Lunatic asylums Punjab 1895-1910 - 1895-1910
Year: 1895
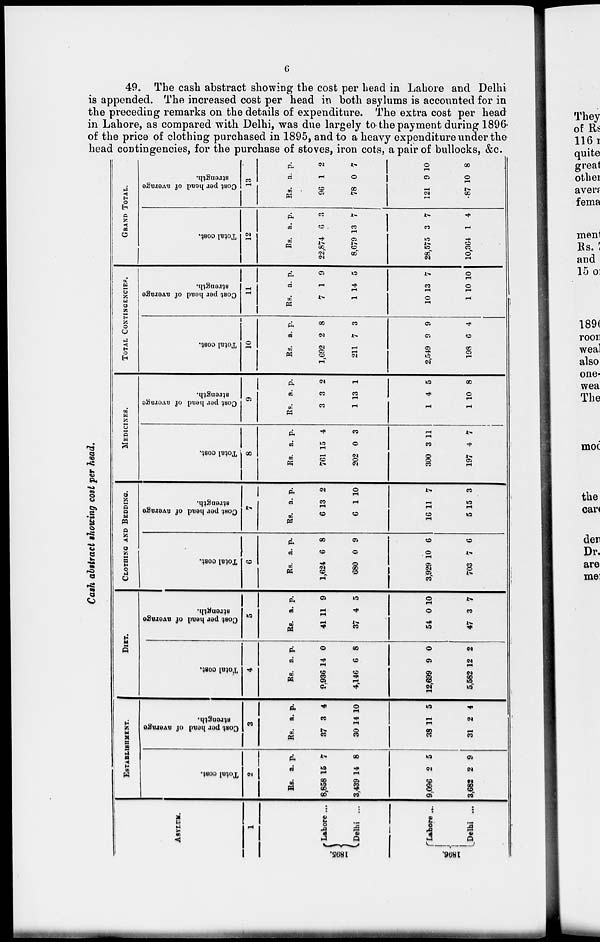
6
49. The cash abstract showing the cost per head in Lahore and Delhi
is appended. The increased cost per head in both asylums is accounted for in
the preceding remarks on the details of expenditure. The extra cost per head
in Lahore, as compared with Delhi, was due largely to the payment during 1896.
of the price of clothing purchased in 1895, and to a heavy expenditure under the
head contingencies, for the purchase of stoves, iron cots, a pair of bullocks, &c.
Cash abstract showing cost per head.
ASYLUM.
1
1895.
1896.
Lahore ...
Delhi ...
Lahore ...
Delhi ...
ESTABLISHMENT.
Total cost.
2
Rs.
8,858
3,439
9,096
3,682
a.
15
14
2
2
p.
7
8
5
9
Cost per head of average
strength.
3
Rs.
37
30
38
31
a.
3
14
11
2
p.
4
10
5
4
DIET.
Total cost.
4
Rs.
9,936
4,146
12,699
5,582
a.
14
6
9
12
p.
0
8
0
2
Cost per head of average
strength.
5
Rs.
41
37
54
47
a.
11
4
0
3
p.
9
5
10
7
CLOTHING AND BEDDING.
Total cost.
6
Rs.
1,624
680
3,929
703
a.
6
0
10
7
p.
8
9
6
6
Cost per head of average
strength.
7
Rs.
6
6
16
5
a.
13
1
11
15
p.
2
10
7
3
MEDICINES.
Total cost.
8
Rs.
761
202
300
197
a.
15
0
3
4
p.
4
3
11
7
Cost per head of average
strength.
9
Rs.
3
1
1
1
a.
3
13
4
10
p.
2
1
5
8
TOTAL CONTINGENCIES.
Total cost.
10
Rs.
1,692
211
2,549
198
a.
2
7
9
6
p.
8
3
9
4
Cost per head of average
strength.
11
Rs.
7
1
10
1
a.
1
14
13
10
p.
9
5
7
10
GRAND TOTAL.
Total cost.
12
Rs.
22,874
8,679
28,575
10,364
a.
6
13
3
1
p.
3
7
7
4
Cost per head of average
strength.
13
Rs.
96
78
121
87
a.
1
0
9
10
p.
2
7
10
8